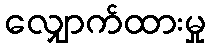
လျှောက်ထားမှု